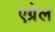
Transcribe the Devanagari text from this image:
एग्रेल